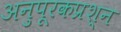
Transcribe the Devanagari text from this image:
अनुपूरकप्रश्न